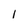
Character: 1